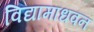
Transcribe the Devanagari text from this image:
विद्यामाधवन